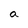
Character: a